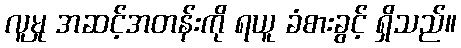
လူမှု အဆင့်အတန်းကို ရယူ ခံစားခွင့် ရှိသည်။